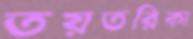
তয়তরিকা